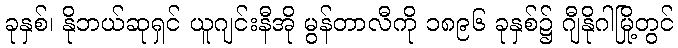
ခုနှစ်၊ နိုဘယ်ဆုရှင် ယူဂျင်းနီအို မွန်တာလီကို ၁၈၉၆ ခုနှစ်၌ ဂျီနိုဂါမြို့တွင်